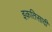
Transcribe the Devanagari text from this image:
इक़तिसादी